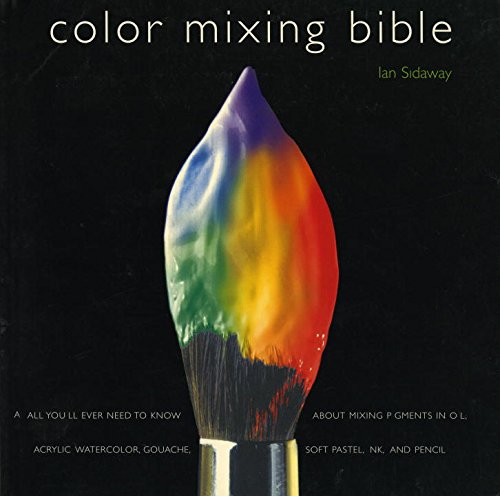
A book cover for Color Mixing Bible: All You'll Ever Need to Know About Mixing Pigments in Oil, Acrylic, Watercolor, Gouache, Soft Pastel, Pencil, and Ink; Arts & Photography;